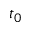
t _ { 0 }